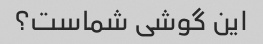
این گوشی شماست؟